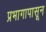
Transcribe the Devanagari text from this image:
प्रभागापासून